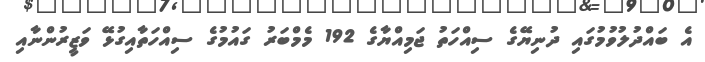
އެ ބައްދުލުވުމުގައި ދުނިޔޭގެ ސިއްހަތު ޖަމިއްޔާގެ 192 މެމްބަރު ގައުމުގެ ސިއްހަތާއިގުޅޭ ވަޒީރުންނާއި